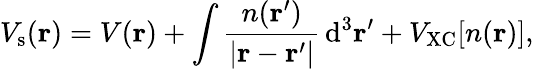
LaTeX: V_{\mathrm{s}}(\mathbf{r})=V(\mathbf{r})+\int{\frac{n(\mathbf{r}^{\prime})}{|\mathbf{r}-\mathbf{r}^{\prime}|}}\, \mathrm{d}^{3}\mathbf{r}^{\prime}+V_{\mathrm{XC}}[n(\mathbf{r})],